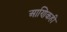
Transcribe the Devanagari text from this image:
आणिकही